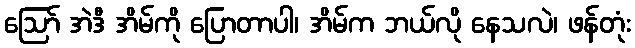
ဩော် အဲဒီ အိမ်ကို ပြောတာပါ၊ အိမ်က ဘယ်လို နေသလဲ၊ ဖန်တုံး